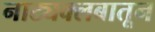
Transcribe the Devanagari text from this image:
नाट्यक्लबातून